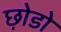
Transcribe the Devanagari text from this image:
छ़ोडो